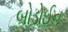
બોડોઈન